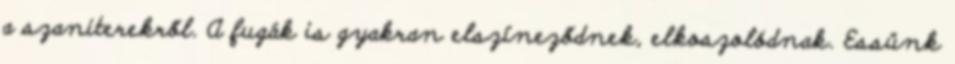
a szaniterekről. A fugák is gyakran elszíneződnek, elkoszolódnak. Essünk